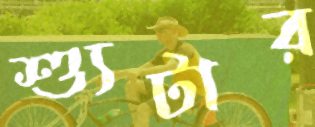
শ্যুটার